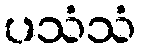
ပသံသံ